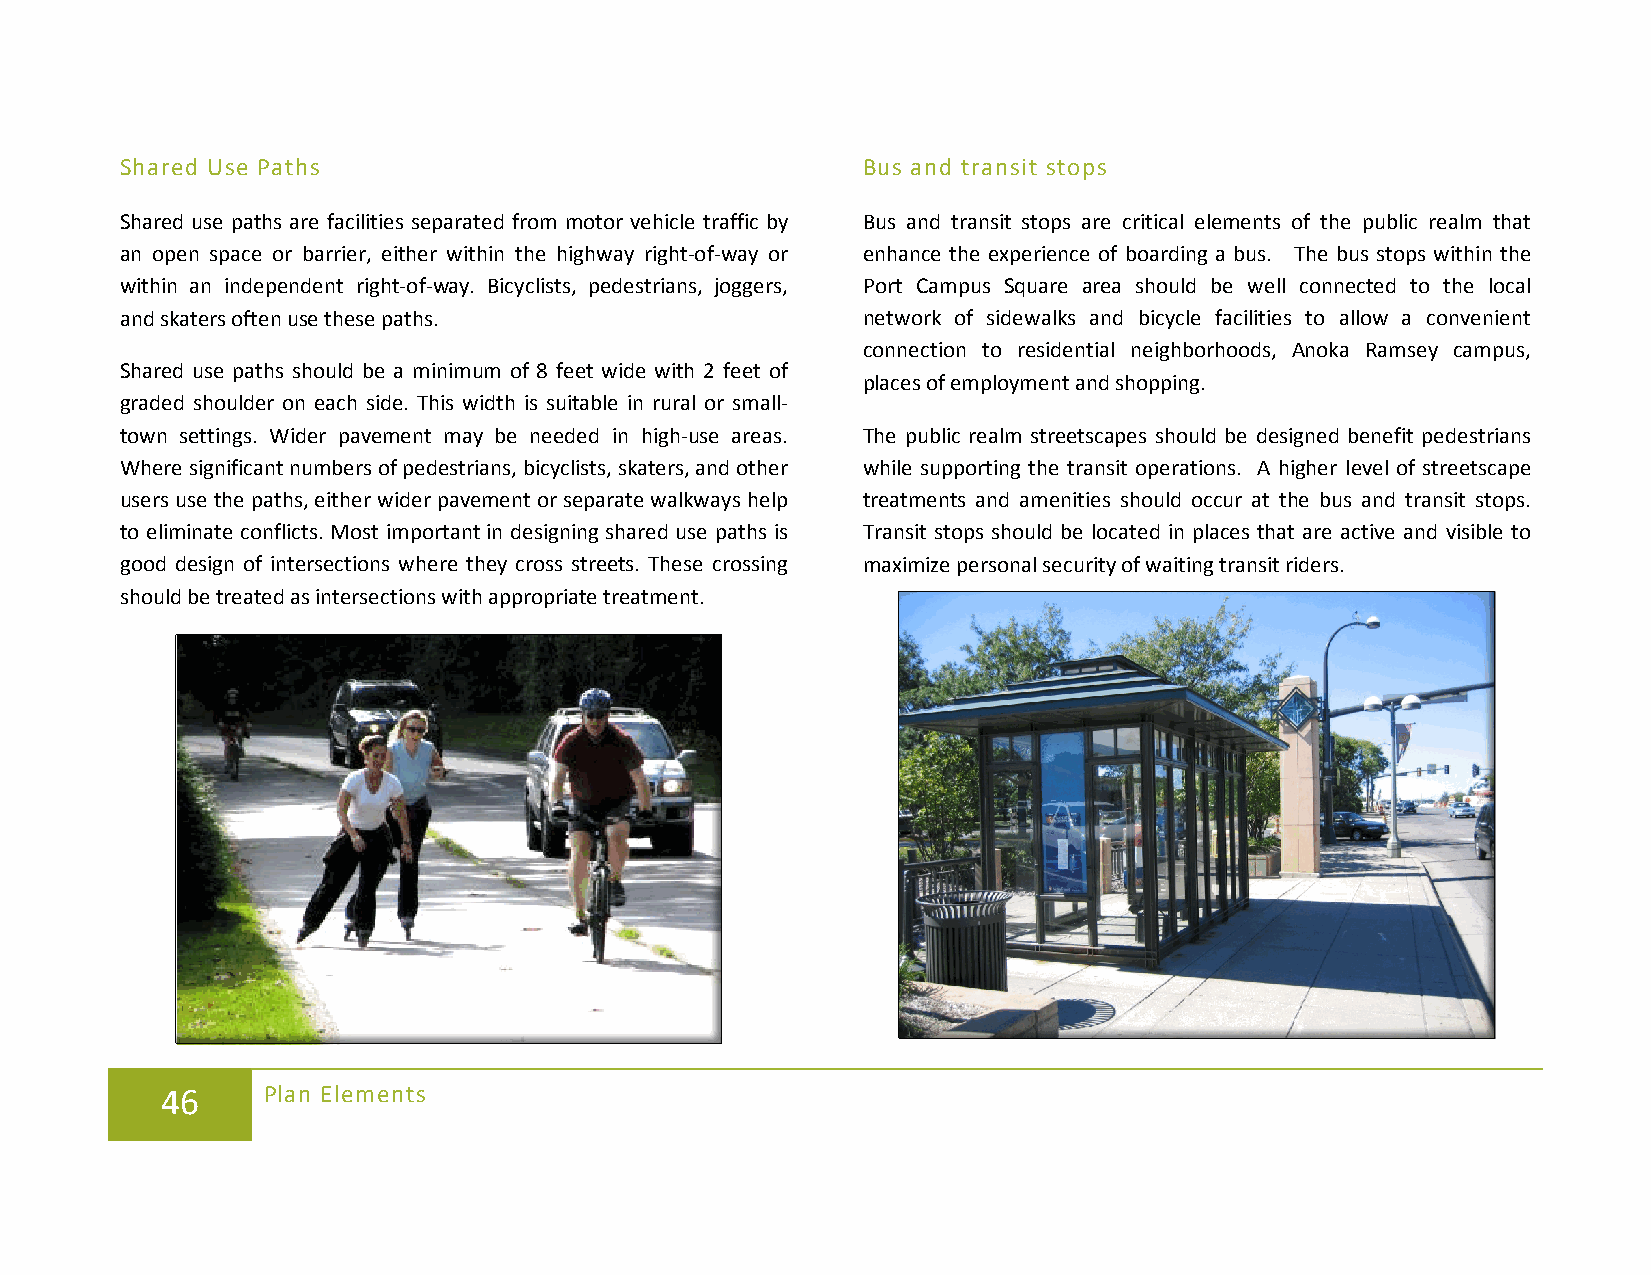
Shared Use Paths                                 Bus and transit stops
 Shared use paths are facilities separated from motor vehicle traffic by Bus and transit stops are critical elements of the public realm that
 an open space or barrier, either within the highway right-of-way or enhance the experience of boarding a bus. The bus stops within the
 within an independent right-of-way. Bicyclists, pedestrians, joggers, Port Campus Square area should be well connected to the local
 and skaters often use these paths.               network of sidewalks and bicycle facilities to allow a convenient
 connection to residential neighborhoods, Anoka Ramsey campus,
 Shared use paths should be a minimum of 8 feet wide with 2 feet of
 places of employment and shopping.
 graded shoulder on each side. This width is suitable in rural or small-
 town settings. Wider pavement may be needed in high-use areas. The public realm streetscapes should be designed benefit pedestrians
 Where significant numbers of pedestrians, bicyclists, skaters, and other while supporting the transit operations. A higher level of streetscape
 users use the paths, either wider pavement or separate walkways help treatments and amenities should occur at the bus and transit stops.
 to eliminate conflicts. Most important in designing shared use paths is Transit stops should be located in places that are active and visible to
 good design of intersections where they cross streets. These crossing maximize personal security of waiting transit riders.
 should be treated as intersections with appropriate treatment.
 46    Plan Elements